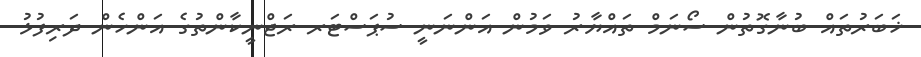
ޚަބަރުތައް ބުނާގޮތުން ސޯނަމް ތައްޔާރު ވަމުން އަންނަނީ ސުޕަސްޓަރ ރަޖްނީކާންތުގެ އަންހެން ދަރިފުޅު